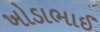
ખોડાભાઈ